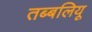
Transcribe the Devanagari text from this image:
तब्बलियू